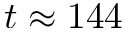
t \approx 1 4 4